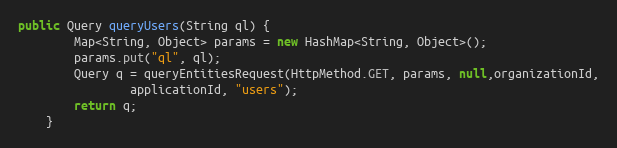
Language: Java
public Query queryUsers(String ql) {
        Map<String, Object> params = new HashMap<String, Object>();
        params.put("ql", ql);
        Query q = queryEntitiesRequest(HttpMethod.GET, params, null,organizationId,
                applicationId, "users");
        return q;
    }